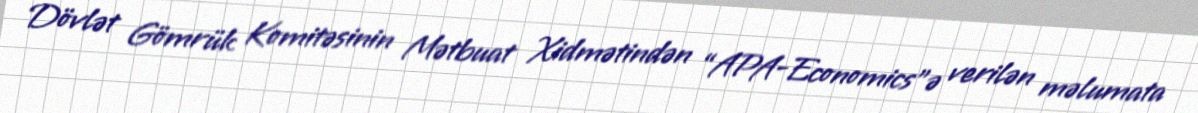
Dövlət Gömrük Komitəsinin Mətbuat Xidmətindən “APA-Economics”ə verilən məlumata